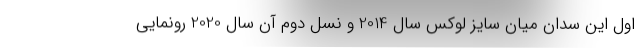
اول این سدان میان سایز لوکس سال 2014 و نسل دوم آن سال 2020 رونمایی